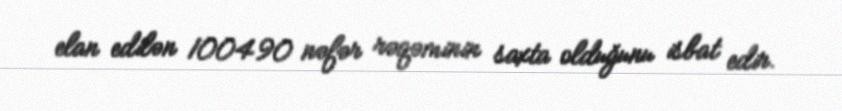
elan edilən 100490 nəfər rəqəminin saxta olduğunu isbat edir.